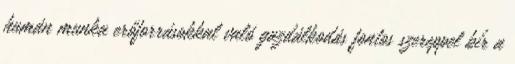
humán munka erőforrásokkal való gazdálkodás fontos szereppel bír a